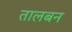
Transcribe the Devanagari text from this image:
तालबन